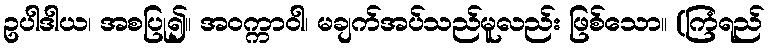
ဥပါဒါယ၊ အစပြု၍။ အဝက္ကာဝါ၊ မချက်အပ်သည်မူလည်း ဖြစ်သော။ (ကြံရည်